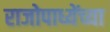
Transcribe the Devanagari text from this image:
राजोपाध्येंच्या